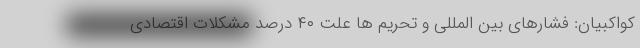
کواکبیان: فشارهای بین المللی و تحریم ها علت ۴۰ درصد مشکلات اقتصادی